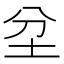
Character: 坌